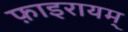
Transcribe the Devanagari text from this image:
फ़ाइरायम्